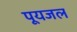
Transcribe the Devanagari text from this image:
पूयजल